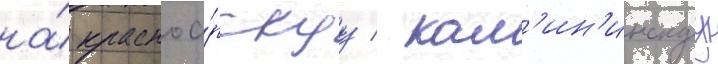
на́ красноа́рскуу / кал'ин'инскуу